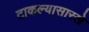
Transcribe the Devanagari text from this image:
टाकल्यासारखे